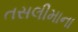
તસલીમાના